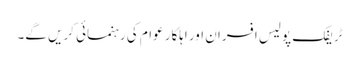
ٹریفک پولیس افسران اور اہلکار عوام کی رہنمائی کریں گے۔